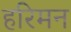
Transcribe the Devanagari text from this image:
हरिमन